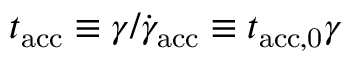
t _ { \mathrm { a c c } } \equiv \gamma / \dot { \gamma } _ { \mathrm { a c c } } \equiv t _ { \mathrm { a c c , 0 } } \gamma